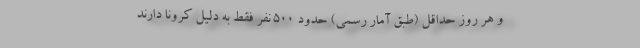
و هر روز حداقل (طبق آمار رسمی) حدود 500 نفر فقط به دلیل کرونا دارند